system: You are a helpful assistant.
user:
Analyze the provided spectrum to determine if it is a **M-type Giant (gM)**.

A M-type Giant spectrum is defined by its **strong molecular absorption** features, particularly from **Titanium Oxide (TiO)**. You must check for one of the following mutually exclusive signatures:

- **Key Visual Indicators (Absorption-Dominated Spectrum):**

    - **(Primary):** The spectrum is dominated by strong molecular absorption from **Titanium Oxide (TiO)**. This is the **defining feature** of its M-type temperature class.
        - **(Key Bandheads):** Look for sharp, "saw-tooth" absorption valleys. The strongest are located near **~7050 Å**, **~6160 Å**, and **~5170 Å**.
        - **(Line Profile):** The "saw-tooth" morphology is critical: a **sharp, steep drop on the BLUE (short-wavelength) side** of the bandhead, followed by a gradual recovery (rising flux) towards the RED (long-wavelength) side.

    - **(Key Confirmation - Giant vs. Dwarf):** **ABSENCE** of strong **Calcium Hydride (CaH)** molecular bands. This is the primary diagnostic for *excluding* M-dwarfs.
        - **(Key Region):** The spectrum should lack the strong, broad absorption band seen in dwarfs between **~6800 Å and ~7000 Å**.

    - **(Secondary Confirmation - Giant):** A very strong and broad **Neutral Calcium (Ca I)** atomic absorption line.
        - **(Key Line):** Located at **~4226 Å**. In a giant (gM), this line is significantly deeper and broader than the same line in an M-dwarf (dM) due to low surface gravity.

    - **(Overall Spectrum):**
        - The continuum is **extremely red-sloping** (i.e., flux is very low in the blue and rises dramatically towards the red).
        - The entire spectrum appears "chopped up" by the deep TiO bands.

Think first, call **spectral_visualization_tool** if needed to examine features in detail, then provide your final answer. Your response must adhere to the following strict rules:
1.  **Overall Structure:** Your response must follow the format `<think>...</think> <tool_call>...</tool_call> (if a tool is used) <answer>...</answer>`.
2.  **Tool Usage Constraint:** You may only make **one** tool call per turn.
3.  **Final Answer Format:** In the `<answer>` tag, your conclusion must be inside a `\boxed{}` command (e.g., `\boxed{YES}` or `\boxed{NO}`), followed by your justification.

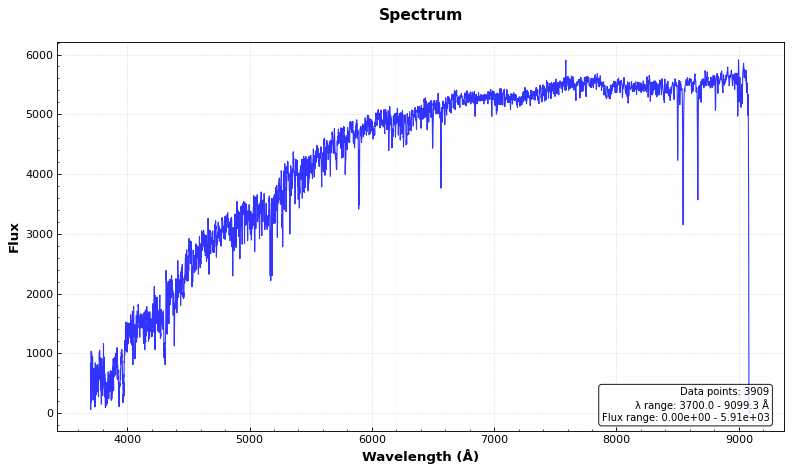
Answer: NO